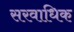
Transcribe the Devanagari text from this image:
सरवाधिक